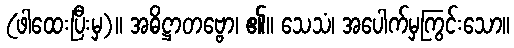
(ဖါထေးပြီးမှ)။ အဓိဋ္ဌာတဗ္ဗော၊ ၏။ သေသံ၊ အပေါက်မှကြွင်းသော။